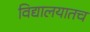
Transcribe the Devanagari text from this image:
विद्यालयातच